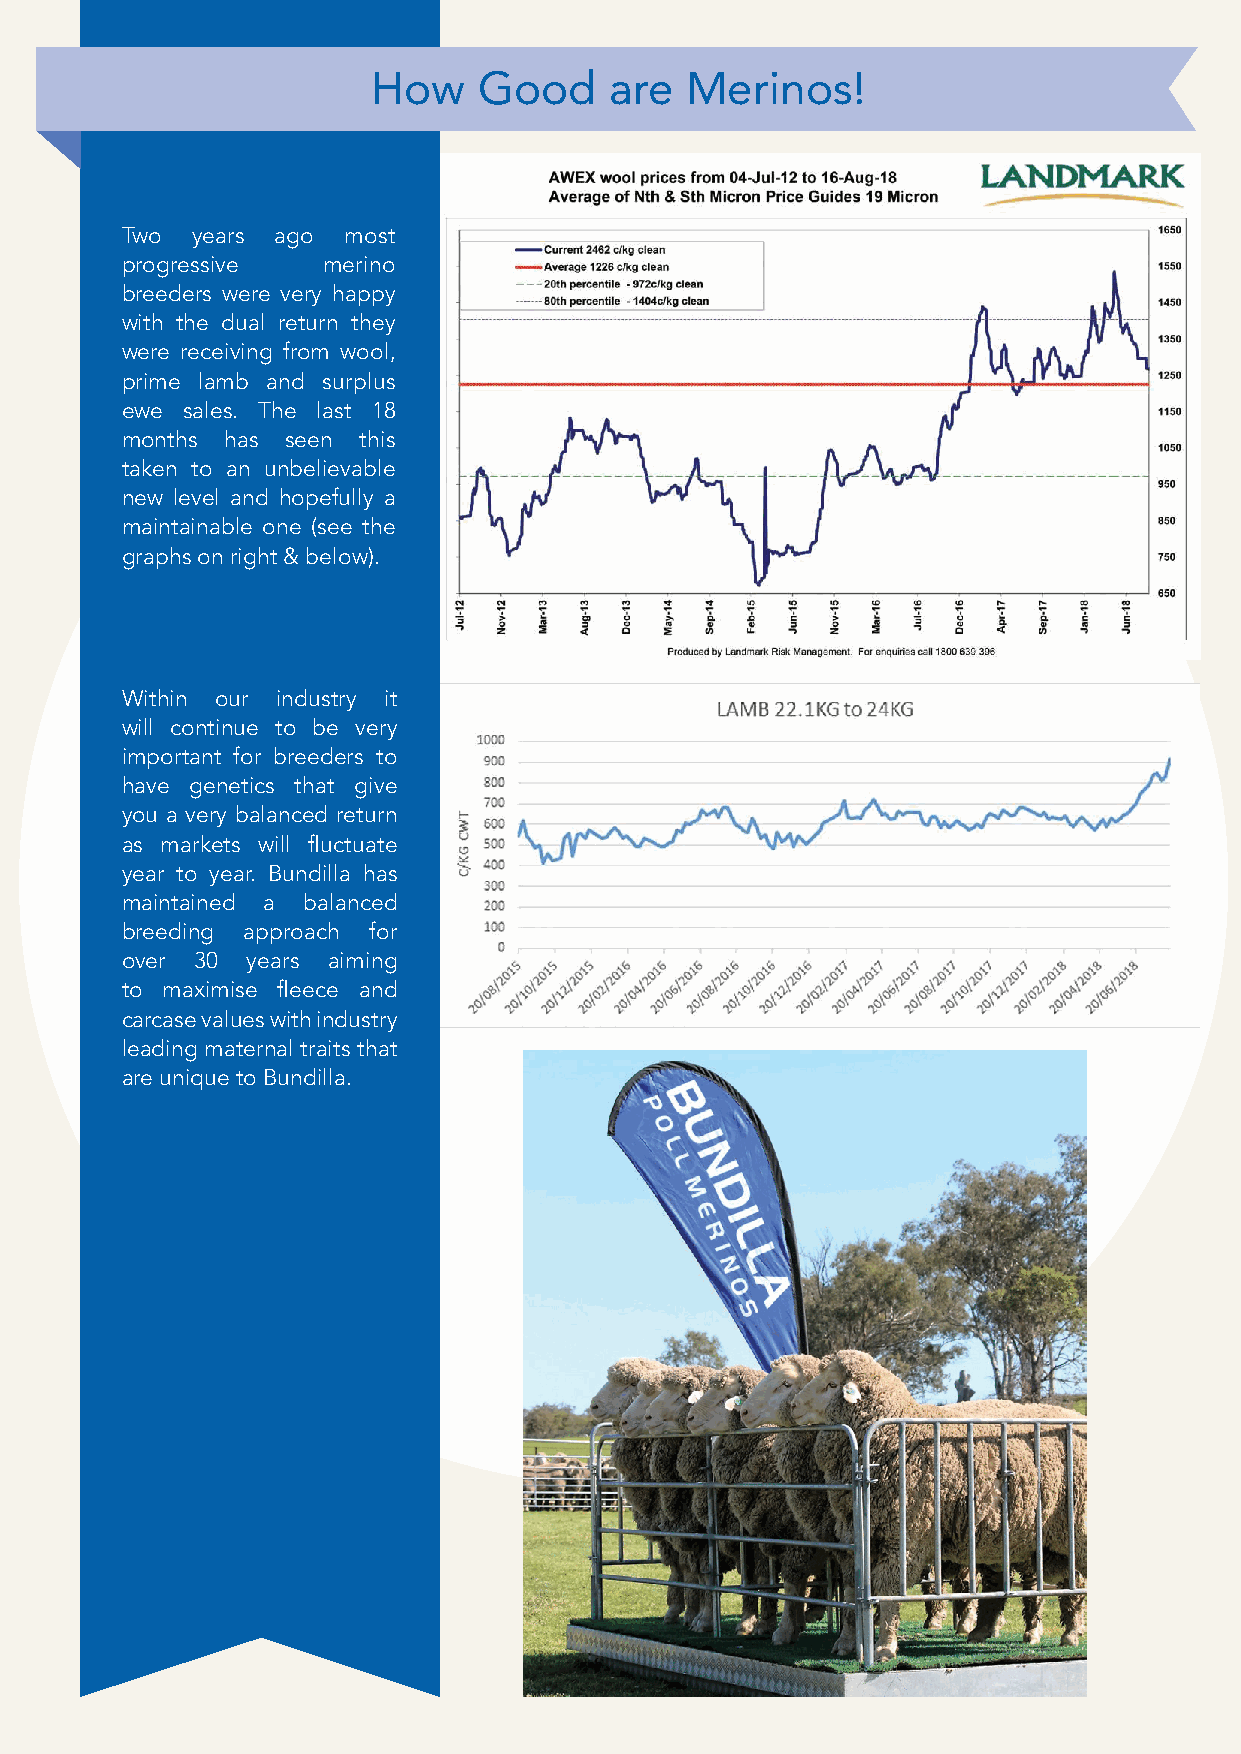
How    Good    are  Merinos!
 Two  years ago most
 progressive  merino
 breeders were very happy
 with the dual return they
 were receiving from wool,
 prime lamb and surplus
 ewe sales. The last 18
 months has seen this
 taken to an unbelievable
 new level and hopefully a
 maintainable one (see the
 graphs on right & below).
 Within our industry it
 will continue to be very
 important for breeders to
 have genetics that give
 you a very balanced return
 as markets will fluctuate
 year to year. Bundilla has
 maintained a balanced
 breeding approach for
 over 30 years aiming
 to maximise fleece and
 carcase values with industry
 leading maternal traits that
 are unique to Bundilla.